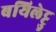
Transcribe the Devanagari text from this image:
बयिलेट्टु